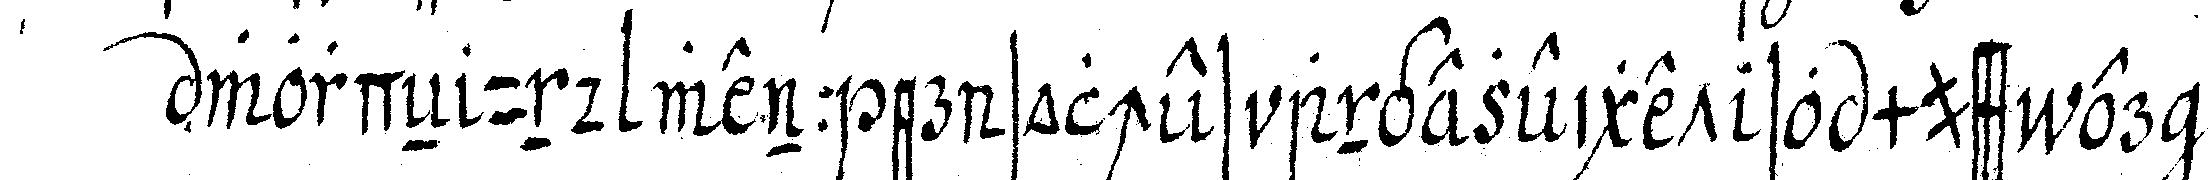
wordeN und wenn er solches angezeiget so muss er